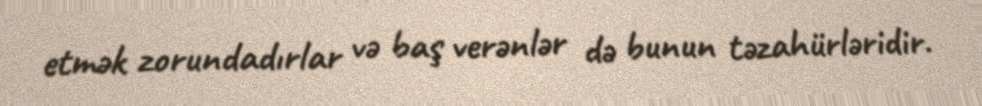
etmək zorundadırlar və baş verənlər də bunun təzahürləridir.